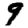
Digit: 9